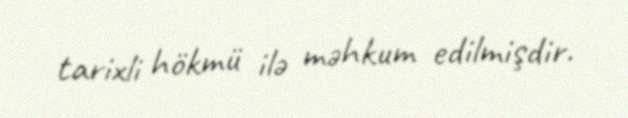
tarixli hökmü ilə məhkum edilmişdir.